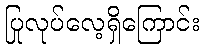
ပြုလုပ်လေ့ရှိကြောင်း